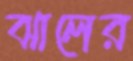
ঝালের